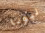
ليونا